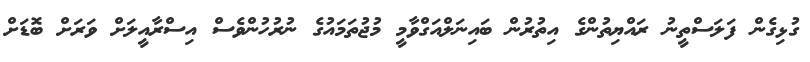
ގުޅިގެން ފަލަސްތީނު ރައްޔިތުންގެ އިތުރުން ބައިނަލްއަގްވާމީ މުޖުތަމައުގެ ނުރުހުންވެސް އިސްރާއީލަށް ވަރަށް ބޮޑަށް